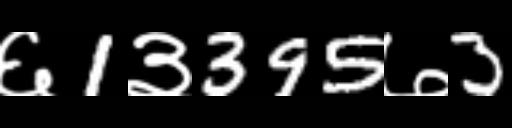
Text: ६1३395७3